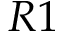
R 1